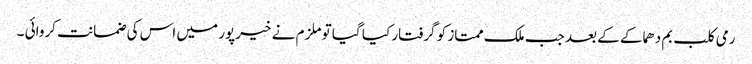
رمی کلب بم دھماکے کے بعد جب ملک ممتاز کو گرفتار کیا گیا تو ملزم نے خیرپور میں اس کی ضمانت کروائی ۔